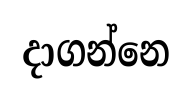
දාගන්නෙ